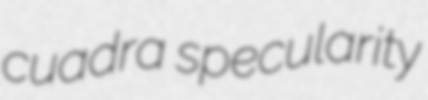
cuadra specularity